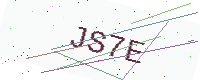
Text: JS7E